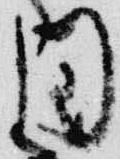
同